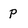
Character: p